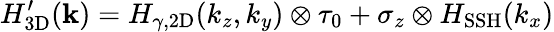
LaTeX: H_{\mathrm{3D}}^{\prime}(\mathbf{k})=H_{\gamma,\mathrm{{2D}}}(k_{z},k_{y})\otimes\tau_{0}+\sigma_{z}\otimes H_{\mathrm{SSH}}(k_{x})